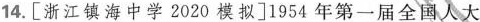
14.[浙江镇海中学2020模拟]1954年第一届全国人大